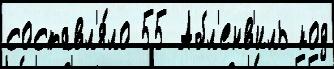
составл'я́ло 55 Абл'енв'иль код